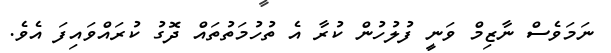
ނަމަވެސް ނާޒިމް ވަނީ ފުލުހުން ކުރާ އެ ތުހުމަތުތައް ދޮގު ކުރައްވައިފަ އެވެ.